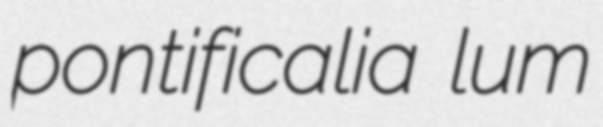
pontificalia lum